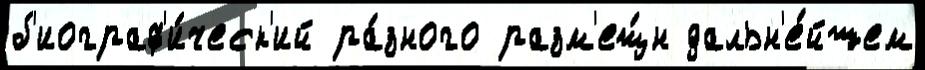
б'иограф'и́ческ'ий ра́зного разм'ещ́н дальн'е́йшем